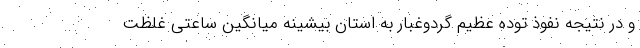
و در نتیجه نفوذ توده عظیم گردوغبار به استان بیشینه میانگین ساعتی غلظت